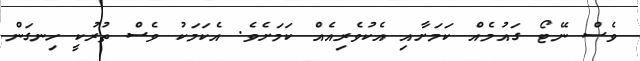
ވެސް ނޭޓޯ ގައުމެއް ކަމަށާއި އެކުވެރިއެއް ކަމަށެވެ. އެކަމަކު ވެސް ތުރުކީ ހިނގަން